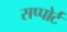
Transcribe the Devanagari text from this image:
सप्पोर्ट